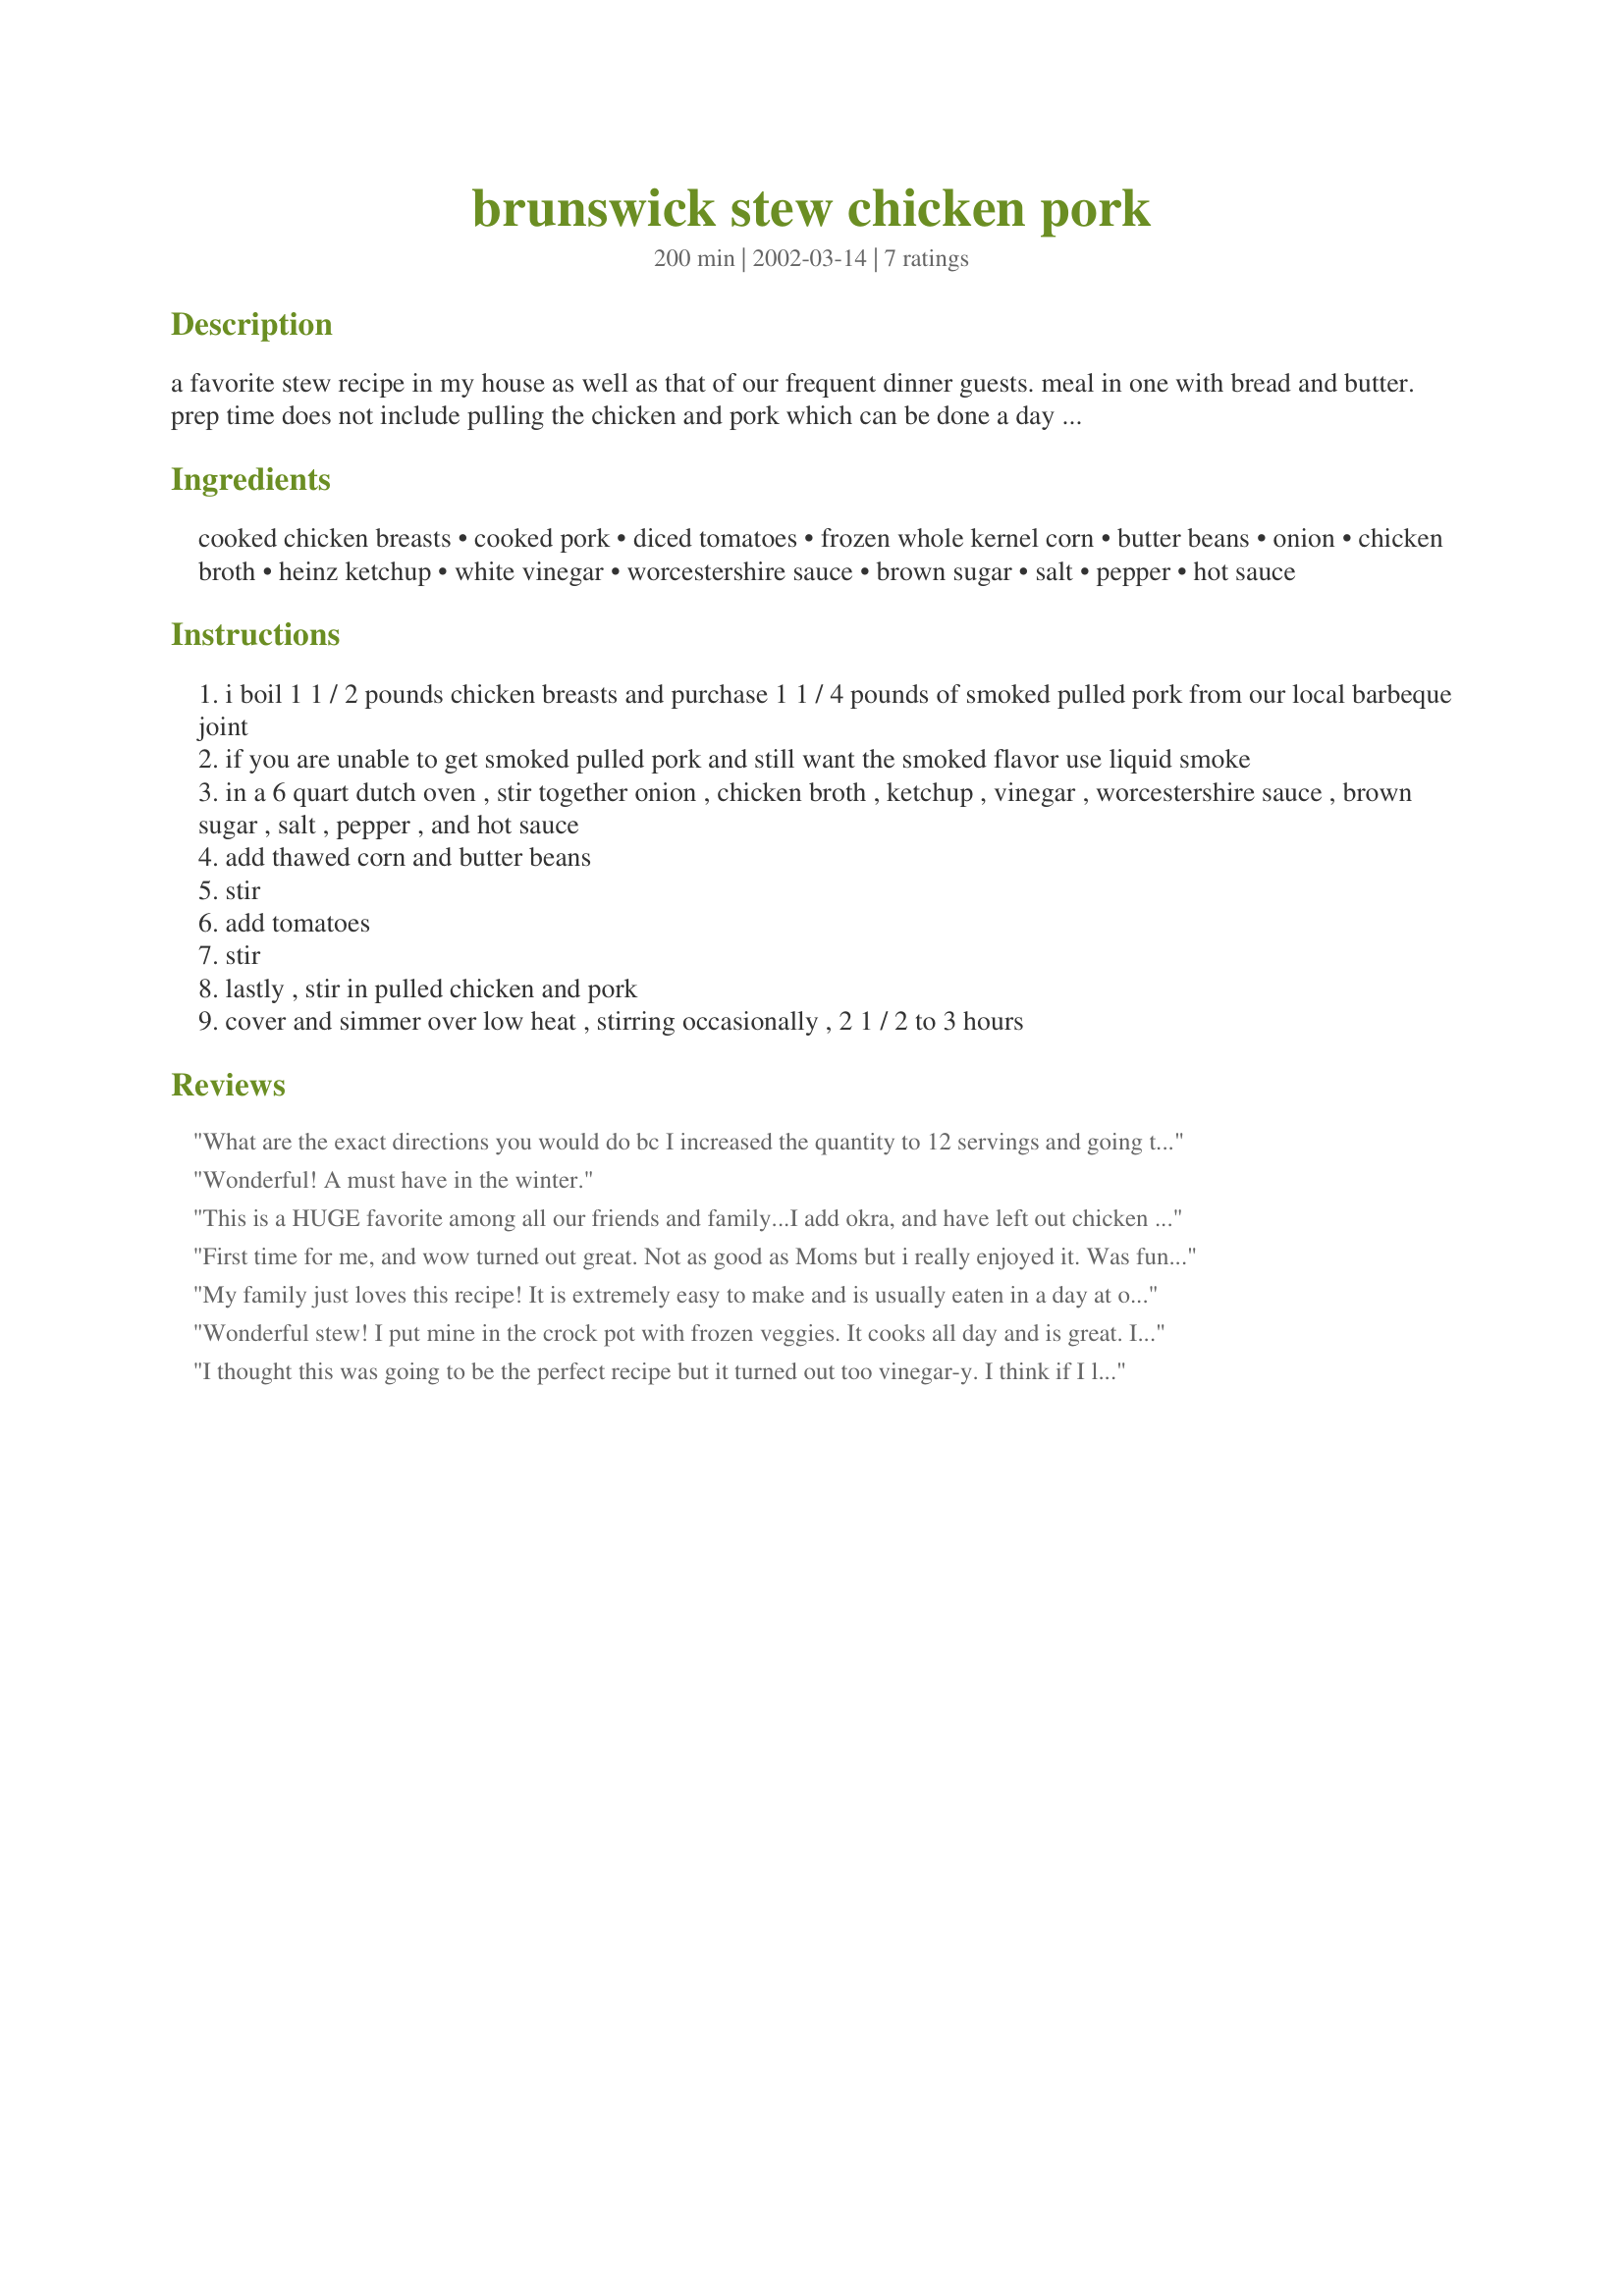
brunswick stew chicken pork
Preparation time: 200 minutes

a favorite stew recipe in my house as well as that of our frequent dinner guests. meal in one with bread and butter. prep time does not include pulling the chicken and pork which can be done a day or so in advance of making the stew.

Ingredients:
cooked chicken breasts, cooked pork, diced tomatoes, frozen whole kernel corn, butter beans, onion, chicken broth, heinz ketchup, white vinegar, worcestershire sauce, brown sugar, salt, pepper, hot sauce

Steps:
i boil 1 1 / 2 pounds chicken breasts and purchase 1 1 / 4 pounds of smoked pulled pork from our local barbeque joint
if you are unable to get smoked pulled pork and still want the smoked flavor use liquid smoke
in a 6 quart dutch oven , stir together onion , chicken broth , ketchup , vinegar , worcestershire sauce , brown sugar , salt , pepper , and hot sauce
add thawed corn and butter beans
stir
add tomatoes
stir
lastly , stir in pulled chicken and pork
cover and simmer over low heat , stirring occasionally , 2 1 / 2 to 3 hours

Reviews:
What are the exact directions you would do bc I increased the quantity to 12 servings and going to make it in a 30qt turkey fryer.
Wonderful! A must have in the winter.
This is a HUGE favorite among all our friends and family...I add okra, and have left out chicken and doubled the pork...it all works! Enjoy!
First time for me, and wow turned out great. Not as good as Moms but i really enjoyed it. Was fun to put together and ate of it for days
and days.
Caryn,thanks for posting such a good meal
My family just loves this recipe! It is extremely easy to make and is usually eaten in a day at our house. I substitute Lima Beans for the Butter Beans, and I use already-cooked BBQ pulled pork and chicken. I cook it in the crock pot on low. Thanks for sharing!
Wonderful stew! I put mine in the crock pot with frozen veggies. It cooks all day and is great. I wait until the end to add the vinegar and sugar as others have suggested. I probably only add about half the suggested sugar and vinegar. Thanks for the great recipe!
I thought this was going to be the perfect recipe but it turned out too vinegar-y. I think if I leave that out next time though, it will definitely be exactly what I'm looking for! Thanks for the recipe!
